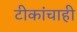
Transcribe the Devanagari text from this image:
टीकांचाही